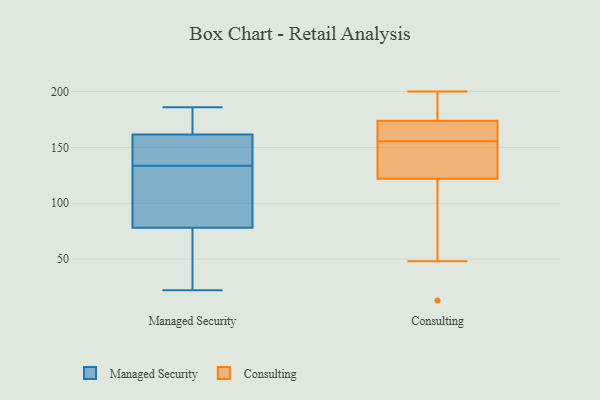
{"axis": {"x": "Population (Million)", "y": "Value"}, "legend": ["Consulting", "Managed Security"], "data": [{"x": "", "y": 71, "type": "Managed Security"}, {"x": "", "y": 172, "type": "Managed Security"}, {"x": "", "y": 186, "type": "Managed Security"}, {"x": "", "y": 133, "type": "Managed Security"}, {"x": "", "y": 142, "type": "Managed Security"}, {"x": "", "y": 170, "type": "Managed Security"}, {"x": "", "y": 141, "type": "Managed Security"}, {"x": "", "y": 128, "type": "Managed Security"}, {"x": "", "y": 53, "type": "Managed Security"}, {"x": "", "y": 134, "type": "Managed Security"}, {"x": "", "y": 173, "type": "Managed Security"}, {"x": "", "y": 29, "type": "Managed Security"}, {"x": "", "y": 153, "type": "Managed Security"}, {"x": "", "y": 85, "type": "Managed Security"}, {"x": "", "y": 110, "type": "Managed Security"}, {"x": "", "y": 22, "type": "Managed Security"}, {"x": "", "y": 13, "type": "Consulting"}, {"x": "", "y": 63, "type": "Consulting"}, {"x": "", "y": 200, "type": "Consulting"}, {"x": "", "y": 122, "type": "Consulting"}, {"x": "", "y": 166, "type": "Consulting"}, {"x": "", "y": 158, "type": "Consulting"}, {"x": "", "y": 142, "type": "Consulting"}, {"x": "", "y": 174, "type": "Consulting"}, {"x": "", "y": 121, "type": "Consulting"}, {"x": "", "y": 177, "type": "Consulting"}, {"x": "", "y": 137, "type": "Consulting"}, {"x": "", "y": 149, "type": "Consulting"}, {"x": "", "y": 160, "type": "Consulting"}, {"x": "", "y": 187, "type": "Consulting"}, {"x": "", "y": 162, "type": "Consulting"}, {"x": "", "y": 153, "type": "Consulting"}, {"x": "", "y": 48, "type": "Consulting"}, {"x": "", "y": 174, "type": "Consulting"}]}